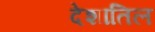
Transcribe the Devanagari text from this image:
देशातिल